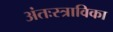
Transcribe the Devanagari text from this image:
अंतःस्त्राविका